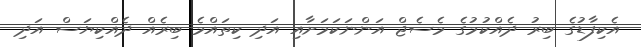
އެކިފާޑުގެ ބިރު ދެއްކުމުގެ މެސެޖް އަންނަކަމަށާއި އަދި ކިތައްމެ ބިރެއް ދެއްކިޔަސް އަދި